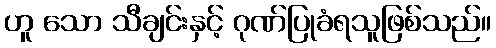
ဟူ သော သီချင်းနှင့် ဂုဏ်ပြုခံရသူဖြစ်သည်။